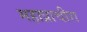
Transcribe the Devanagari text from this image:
महाप्राचीरा